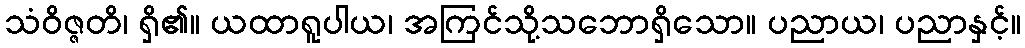
သံဝိဇ္ဇတိ၊ ရှိ၏။ ယထာရူပါယ၊ အကြင်သို့သဘောရှိသော။ ပညာယ၊ ပညာနှင့်။